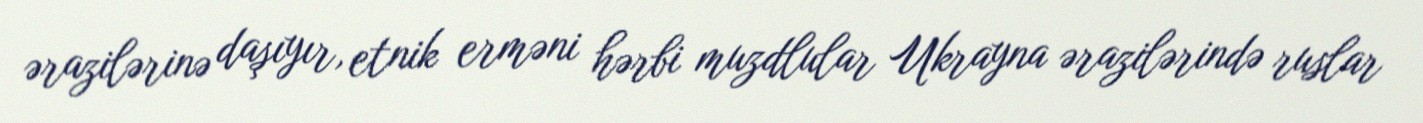
ərazilərinə daşıyır, etnik erməni hərbi muzdlular Ukrayna ərazilərində ruslar